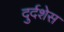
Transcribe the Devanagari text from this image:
दुर्दशेस